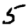
Digit: 5